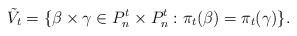
LaTeX: \begin{align*}\tilde{V}_t=\{\beta\times\gamma\in P_{n}^t\times P_{n}^t:\pi_t(\beta)=\pi_t(\gamma)\}.\end{align*}